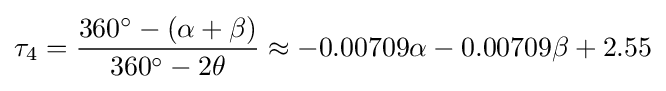
\tau _{4}={\frac {360^{\circ }-(\alpha +\beta )}{360^{\circ }-2\theta }}\approx -0.00709\alpha -0.00709\beta +2.55